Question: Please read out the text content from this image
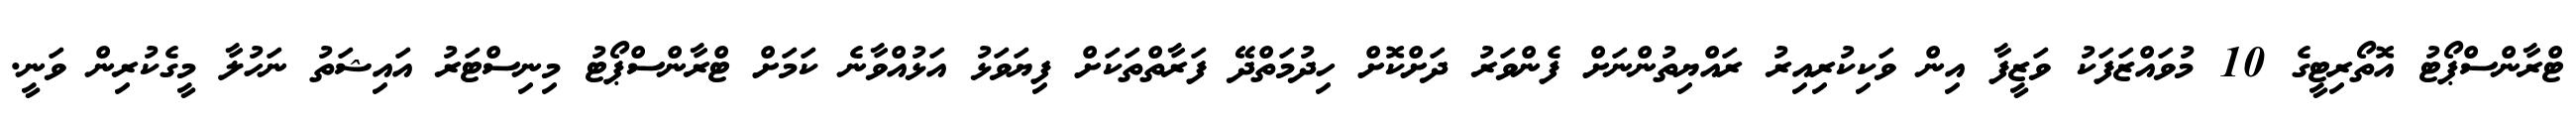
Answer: ޓްރާންސްޕޯޓު އޮތޯރިޓީގެ 10 މުވައްޒަފަކު ވަޒީފާ އިން ވަކިކުރިއިރު ރައްޔިތުންނަށް ފެންވަރު ދަށްކޮށް ހިދުމަތްދޭ ފަރާތްތަކަށް ފިޔަވަޅު އަޅުއްވާނެ ކަމަށް ޓްރާންސްޕޯޓު މިނިސްޓަރު އައިޝަތު ނަހުލާ މީގެކުރިން ވަނީ.